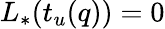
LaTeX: L_{*}(t_{u}(q))=0